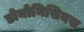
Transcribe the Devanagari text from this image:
डोयोनिसियस